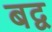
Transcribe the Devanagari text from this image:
बद्व